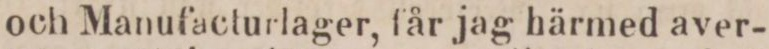
och Manufacturlager, får jag härmed aver-